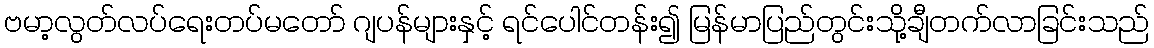
ဗမာ့လွတ်လပ်ရေးတပ်မတော် ဂျပန်များနှင့် ရင်ပေါင်တန်း၍ မြန်မာပြည်တွင်းသို့ချီတက်လာခြင်းသည်